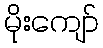
မိုးကျော်